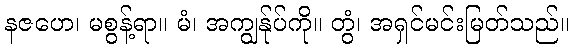
နဇဟေ၊ မစွန့်ရာ။ မံ၊ အကျွန်ုပ်ကို။ တွံ၊ အရှင်မင်းမြတ်သည်။